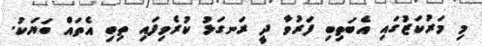
މި މަރުކަޒުގައި އެބަތިބި ފަރުވާ ދީ ރަނގަޅު ކުރެވިފައި ތިބި އެތައް ބަޔަކު.